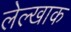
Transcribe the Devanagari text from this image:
लेल्खाक